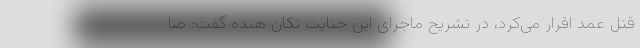
قتل عمد اقرار می‌کرد، در تشریح ماجرای این جنایت تکان هنده گفت: صا